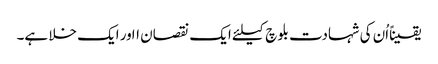
یقیناًاُن کی شہادت بلوچ کیلئے ایک نقصان ااور ایک خلا ہے۔